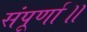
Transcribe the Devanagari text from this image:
संपूर्णा॥